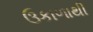
ઉકાળાથી